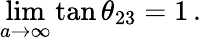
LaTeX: \operatorname*{lim}_{a\rightarrow\infty}\tan\theta_{23}=1\, .